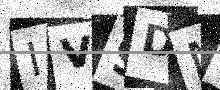
Text: IV9DMT